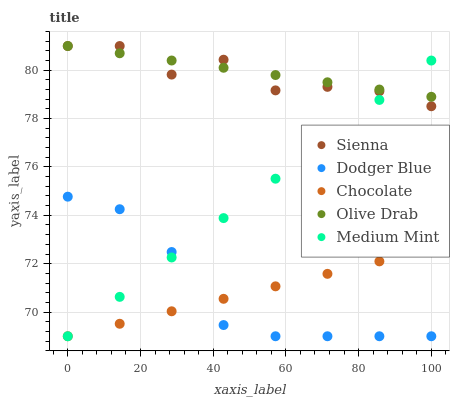
| xaxis_label | Sienna | Dodger Blue | Chocolate | Olive Drab | Medium Mint |
 | --- | --- | --- | --- | --- | --- |
 | 0 | 81 | 74.8 | 69 | 81 | 69 |
 | 14.3 | 81 | 74.3 | 69.5 | 80.7 | 70.6 |
 | 28.6 | 79.8 | 72.5 | 70 | 80.4 | 72.3 |
 | 42.9 | 80.4 | 69.5 | 70.5 | 80.1 | 73.9 |
 | 57.1 | 79.2 | 69 | 71.1 | 79.8 | 75.5 |
 | 71.4 | 79.3 | 69 | 71.6 | 79.5 | 77.1 |
 | 85.7 | 79.1 | 69 | 72.1 | 79.2 | 78.8 |
 | 100 | 78.5 | 69 | 72.6 | 78.9 | 80.4 |